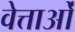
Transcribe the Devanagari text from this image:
वेत्ताओं